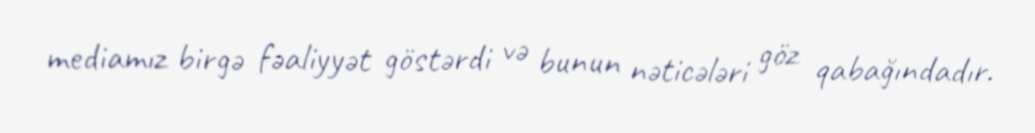
mediamız birgə fəaliyyət göstərdi və bunun nəticələri göz qabağındadır.